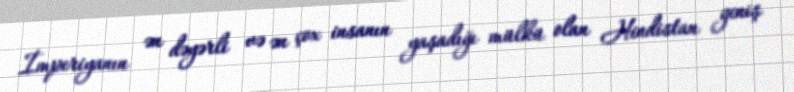
İmperiyanın ən dəyərli və ən çox insanın yaşadığı mülkü olan Hindistan geniş